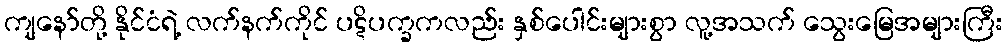
ကျနော်တို့ နိုင်ငံရဲ့ လက်နက်ကိုင် ပဋိပက္ခကလည်း နှစ်ပေါင်းများစွာ လူ့အသက် သွေးမြေအများကြီး